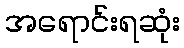
အရောင်းရဆုံး